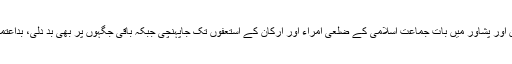
چترال، نوشہرہ، شانگلہ، مردان اور پشاور میں بات جماعت اسلامی کے ضلعی امراء اور ارکان کے استعفوں تک جاپہنچی جبکہ باقی جگہوں پر بھی بد دلی، بداعتمادی اور کنفیوژن کی فضا ہے۔